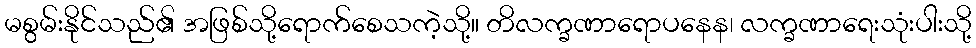
မစွမ်းနိုင်သည်၏ အဖြစ်သို့ရောက်စေသကဲ့သို့။ တိလက္ခဏာရောပနေန၊ လက္ခဏာရေးသုံးပါးသို့